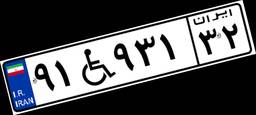
۱۰W۰۷۵۳۰